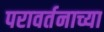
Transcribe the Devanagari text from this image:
परावर्तनाच्या